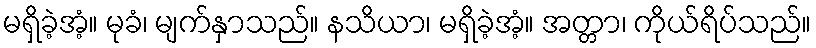
မရှိခဲ့အံ့။ မုခံ၊ မျက်နှာသည်။ နသိယာ၊ မရှိခဲ့အံ့။ အတ္တာ၊ ကိုယ်ရိပ်သည်။